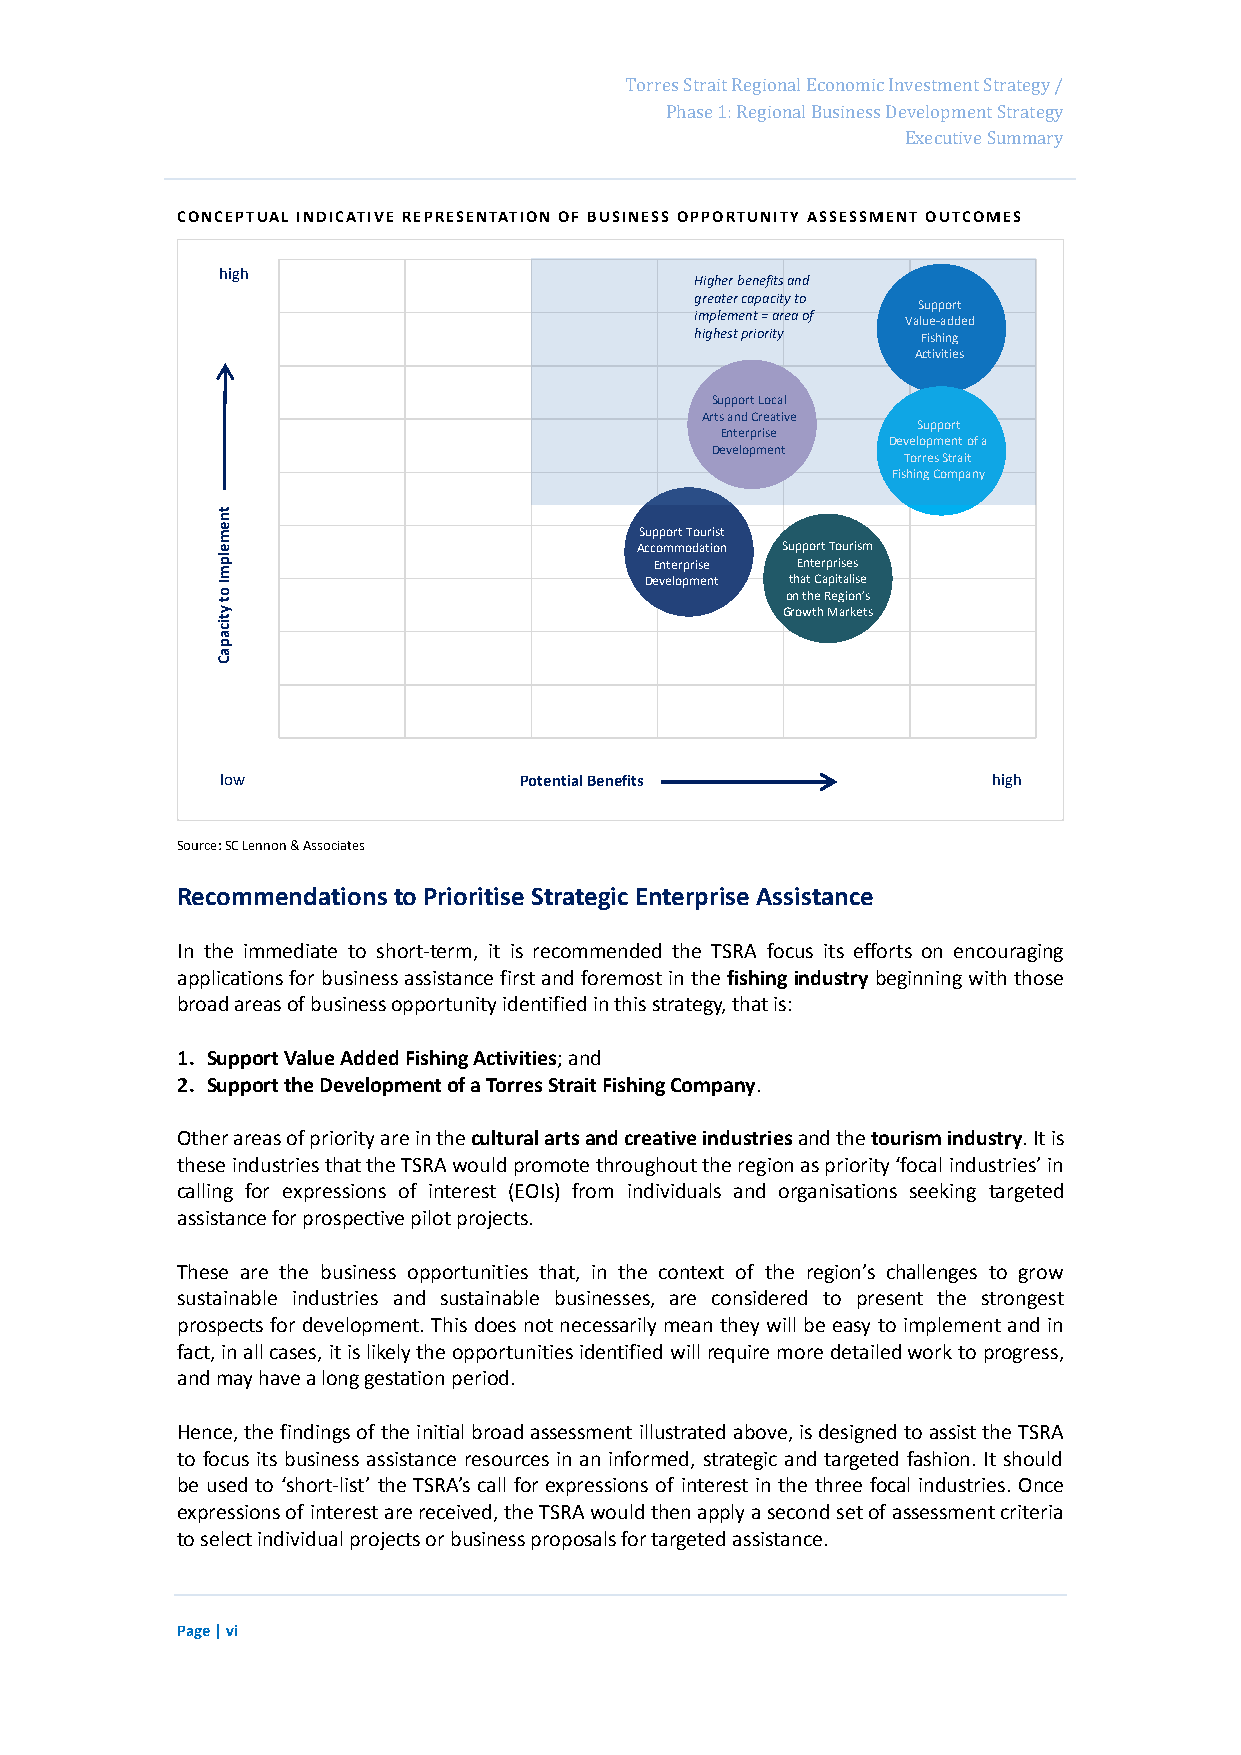
Page 12
 Torres Strait Regional Economic Investment Strategy /
 Phase 1: Regional Business Development Strategy
 Executive Summary
 CONCEPTUAL INDICATIVE REPRESENTATION OF BUSINESS OPPORTUNITY ASSESSMENT OUTCOMES
 high
 Higher benefits and
 greater capacity to
 Support
 implement = area of Value-added
 highest priority Fishing
 Activities
 Support Local
 Arts and Creative
 Support
 Enterprise
 Development of a
 Development
 Torres Strait
 Fishing Company
 tn
 e m                         Support Tourist
 e                           Accommodation Support Tourism
 lp                           Enterprise Enterprises
 m
 I
 o t
 y
 Development Got rnh
 o
 a wtt
 h
 tC
 e
 h
 a
 R
 Mp eit
 g
 aa
 i
 rol ki ns ee
 ’ ts
 s
 tic
 a
 p
 a
 C
 low                Potential Benefits              high
 Source: SC Lennon & Associates
 Recommendations to Prioritise Strategic Enterprise Assistance
 In the immediate to short-term, it is recommended the TSRA focus its efforts on encouraging
 applications for business assistance first and foremost in the fishing industry beginning with those
 broad areas of business opportunity identified in this strategy, that is:
 1. Support Value Added Fishing Activities; and
 2. Support the Development of a Torres Strait Fishing Company.
 Other areas of priority are in the cultural arts and creative industries and the tourism industry. It is
 these industries that the TSRA would promote throughout the region as priority ‘focal industries’ in
 calling for expressions of interest (EOIs) from individuals and organisations seeking targeted
 assistance for prospective pilot projects.
 These are the business opportunities that, in the context of the region’s challenges to grow
 sustainable industries and sustainable businesses, are considered to present the strongest
 prospects for development. This does not necessarily mean they will be easy to implement and in
 fact, in all cases, it is likely the opportunities identified will require more detailed work to progress,
 and may have a long gestation period.
 Hence, the findings of the initial broad assessment illustrated above, is designed to assist the TSRA
 to focus its business assistance resources in an informed, strategic and targeted fashion. It should
 be used to ‘short-list’ the TSRA’s call for expressions of interest in the three focal industries. Once
 expressions of interest are received, the TSRA would then apply a second set of assessment criteria
 to select individual projects or business proposals for targeted assistance.
 Page | vi